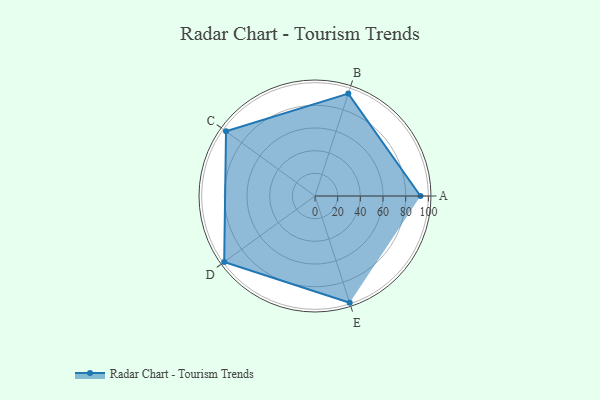
{"axis": {"x": "Skill", "y": "Score"}, "legend": ["Profile"], "data": [{"x": "A", "y": 93.0, "type": "Profile"}, {"x": "B", "y": 95.0, "type": "Profile"}, {"x": "C", "y": 97.0, "type": "Profile"}, {"x": "D", "y": 99, "type": "Profile"}, {"x": "E", "y": 99, "type": "Profile"}]}